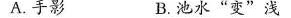
A.手影 B.池水”变”浅